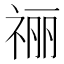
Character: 𫀌